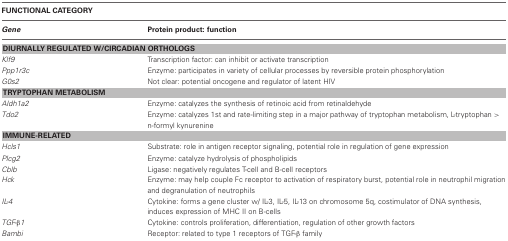
| <COLSPAN=2> FUNCTIONAL CATEGORY |
 | Gene | Protein product: function |
 | --- | --- |
 | <COLSPAN=2> DIURNALLY REGULATED W/CIRCADIAN ORTHOLOGS |
 | Klf9 | Transcription factor: can inhibit or activate transcription |
 | Ppp1r3c | Enzyme: participates in variety of cellular processes by reversible protein phosphorylation |
 | G0s2 | Not clear: potential oncogene and regulator of latent HIV |
 | <COLSPAN=2> TRYPTOPHAN METABOLISM |
 | Aldh1a2 | Enzyme: catalyzes the synthesis of retinoic acid from retinaldehyde |
 | Tdo2 | Enzyme: catalyzes 1st and rate-limiting step in a major pathway of tryptophan metabolism, L-tryptophan > n-formyl kynurenine |
 | <COLSPAN=2> IMMUNE-RELATED |
 | Hcls1 | Substrate: role in antigen receptor signaling, potential role in regulation of gene expression |
 | Plcg2 | Enzyme: catalyze hydrolysis of phospholipids |
 | Cblb | Ligase: negatively regulates T-cell and B-cell receptors |
 | Hck | Enzyme: may help couple Fc receptor to activation of respiratory burst, potential role in neutrophil migration and degranulation of neutrophils |
 | IL-4 | Cytokine: forms a gene cluster w/ IL-3, IL-5, IL-13 on chromosome 5q, costimulator of DNA synthesis, induces expression of MHC II on B-cells |
 | TGF-β1 | Cytokine: controls proliferation, differentiation, regulation of other growth factors |
 | Bambi | Receptor: related to type 1 receptors of TGF-β family |